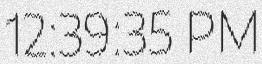
12:39:35 PM